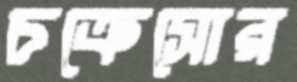
চক্রেসোর